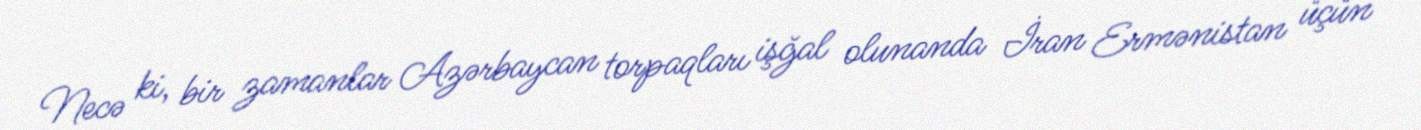
Necə ki, bir zamanlar Azərbaycan torpaqları işğal olunanda İran Ermənistan üçün